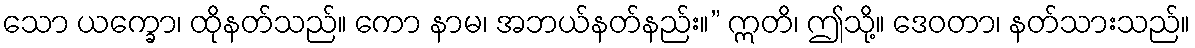
သော ယက္ခော၊ ထိုနတ်သည်။ ကော နာမ၊ အဘယ်နတ်နည်း။” ဣတိ၊ ဤသို့။ ဒေဝတာ၊ နတ်သားသည်။